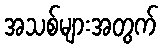
အသစ်များအတွက်